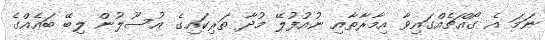
ނަމަ އެ ގޯއްޗެއްގައިވާ އިމާރާތާއި ނުއުފުލޭ މުދާ ތަރިކައިގެ އުސޫލުން ލިބޭ ބައެއްގެ